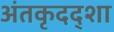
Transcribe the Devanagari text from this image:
अंतकृदद्शा